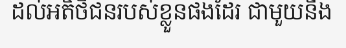
ដល់អតិថិជនរបស់ខ្លួនផងដែរ ជាមួយនឹង